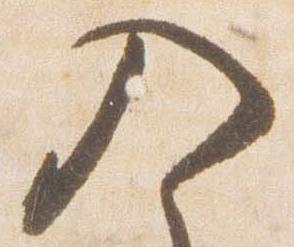
入